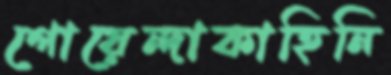
গোয়েন্দাকাহিনি